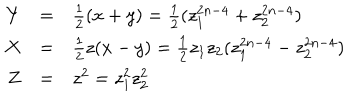
LaTeX: \begin{array} { r c l } { { Y } } & { { = } } & { { \frac { 1 } { 2 } ( x + y ) = \frac { 1 } { 2 } ( z _ { 1 } ^ { 2 n - 4 } + z _ { 2 } ^ { 2 n - 4 } ) } } \\ { { X } } & { { = } } & { { \frac { 1 } { 2 } z ( x - y ) = \frac { 1 } { 2 } z _ { 1 } z _ { 2 } ( z _ { 1 } ^ { 2 n - 4 } - z _ { 2 } ^ { 2 n - 4 } ) } } \\ { { Z } } & { { = } } & { { z ^ { 2 } = z _ { 1 } ^ { 2 } z _ { 2 } ^ { 2 } } } \\ \end{array}